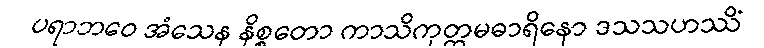
ပရာဘဝေ အံသေန နိစ္စတော ကာသိကုတ္တမဓာရိနော ဒသသဟဿိံ